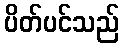
ပိတ်ပင်သည်